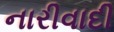
નારીવાદી